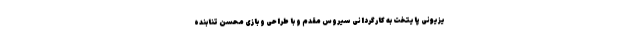
یزیونی پایتخت به کارگردانی سیروس مقدم و با طراحی و بازی محسن تنابنده